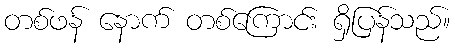
တစ်ဖန် နောက် တစ်ကြောင်း ရှိပြန်သည်။